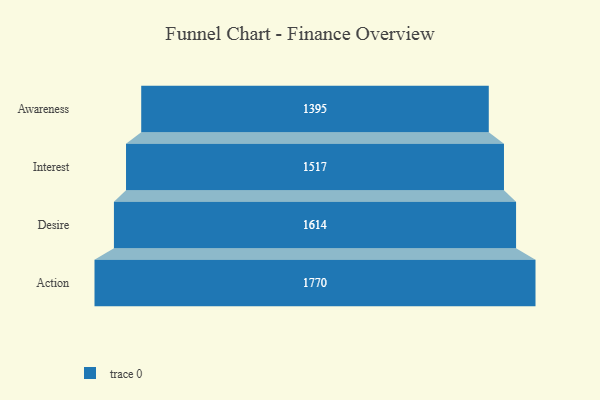
{"axis": {"x": "Stage", "y": "Value"}, "legend": [""], "data": [{"x": "Awareness", "y": 1395.0, "type": ""}, {"x": "Interest", "y": 1517.0, "type": ""}, {"x": "Desire", "y": 1614.0, "type": ""}, {"x": "Action", "y": 1770.0, "type": ""}]}